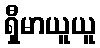
ရှီမာယူယူ